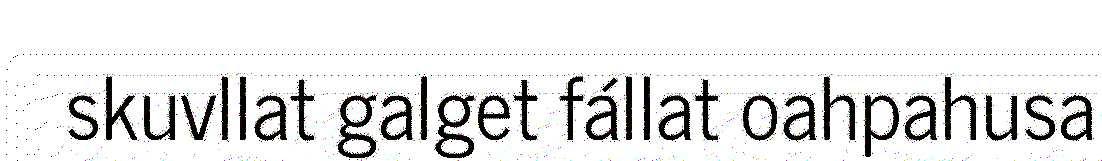
skuvllat galget fállat oahpahusa